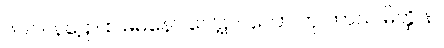
၆၀၁။ နဠော စ ဓမနော ပေါဋ၊ ဂလော တု ကာသ မိတ္ထိ န။